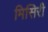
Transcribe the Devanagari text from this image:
मिसिरी